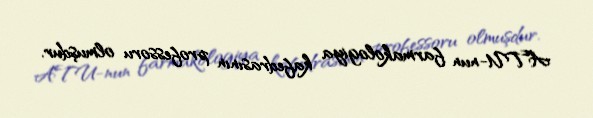
ATU-nun farmakologiya kafedrasının professoru olmuşdur.